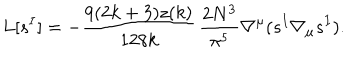
LaTeX: L [ s ^ { I } ] = - \frac { 9 ( 2 k + 3 ) z ( k ) } { 1 2 8 k } \, \frac { 2 N ^ { 3 } } { \pi ^ { 5 } } \nabla ^ { \mu } ( s ^ { I } \nabla _ { \mu } s ^ { I } ) .